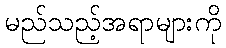
မည်သည့်အရာများကို